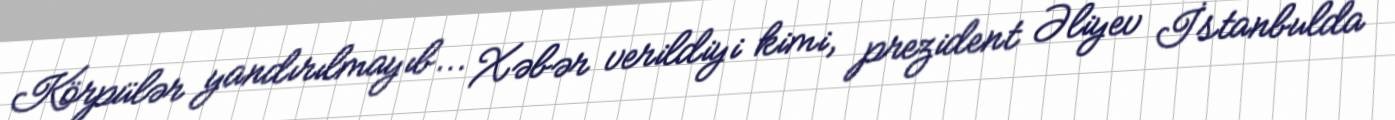
Körpülər yandırılmayıb... Xəbər verildiyi kimi, prezident Əliyev İstanbulda